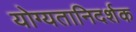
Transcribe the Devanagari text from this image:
योग्यतानिदर्शक